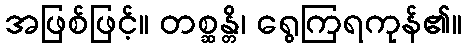
အဖြစ်ဖြင့်။ တစ္ဆန္တိ၊ ရွေကြရကုန်၏။